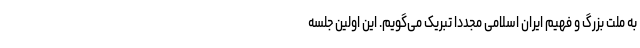
به ملت بزرگ و فهیم ایران اسلامی مجددا تبریک می‌گویم. این اولین جلسه